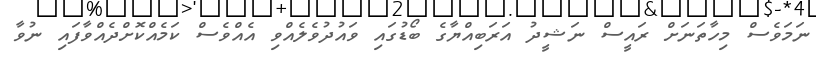
ނަމަވެސް މިހާތަނަށް ރައީސް ނަޝީދު އަރަބިއްޔާގެ ބޯޑުގައި ވައުދުވެލެއްވި އެއްވެސް ކަމެއްކޮށްދެއްވާފައި ނުވާ